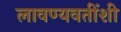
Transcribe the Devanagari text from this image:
लावण्यवतींशी